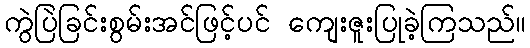
ကွဲပြဲခြင်းစွမ်းအင်ဖြင့်ပင် ကျေးဇူးပြုခဲ့ကြသည်။